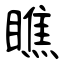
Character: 瞧